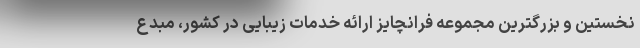
نخستین و بزرگترین مجموعه فرانچایز ارائه خدمات زیبایی در کشور، مبدع